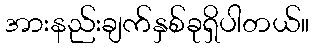
အားနည်းချက်နှစ်ခုရှိပါတယ်။